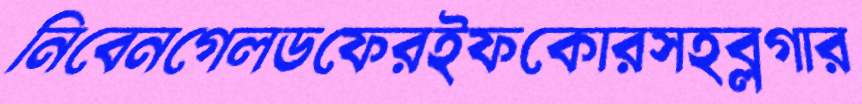
নিবেনগেলডফেরইফকোরসহব্লগার